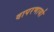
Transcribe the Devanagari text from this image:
वापरणार्या